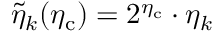
\tilde { \eta } _ { k } ( \eta _ { \mathrm { c } } ) = 2 ^ { \eta _ { \mathrm { c } } } \cdot \eta _ { k }